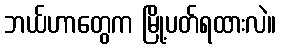
ဘယ်ဟာတွေက မြို့ပတ်ရထားလဲ။